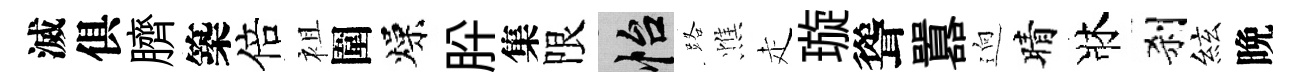
滅俱臍築倍袓圍燥肸集限怡路憔走璇聳囂逈晴牀刹絃晩